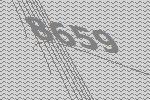
8659